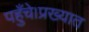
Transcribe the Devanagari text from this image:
पहुँचे।प्रख्यात